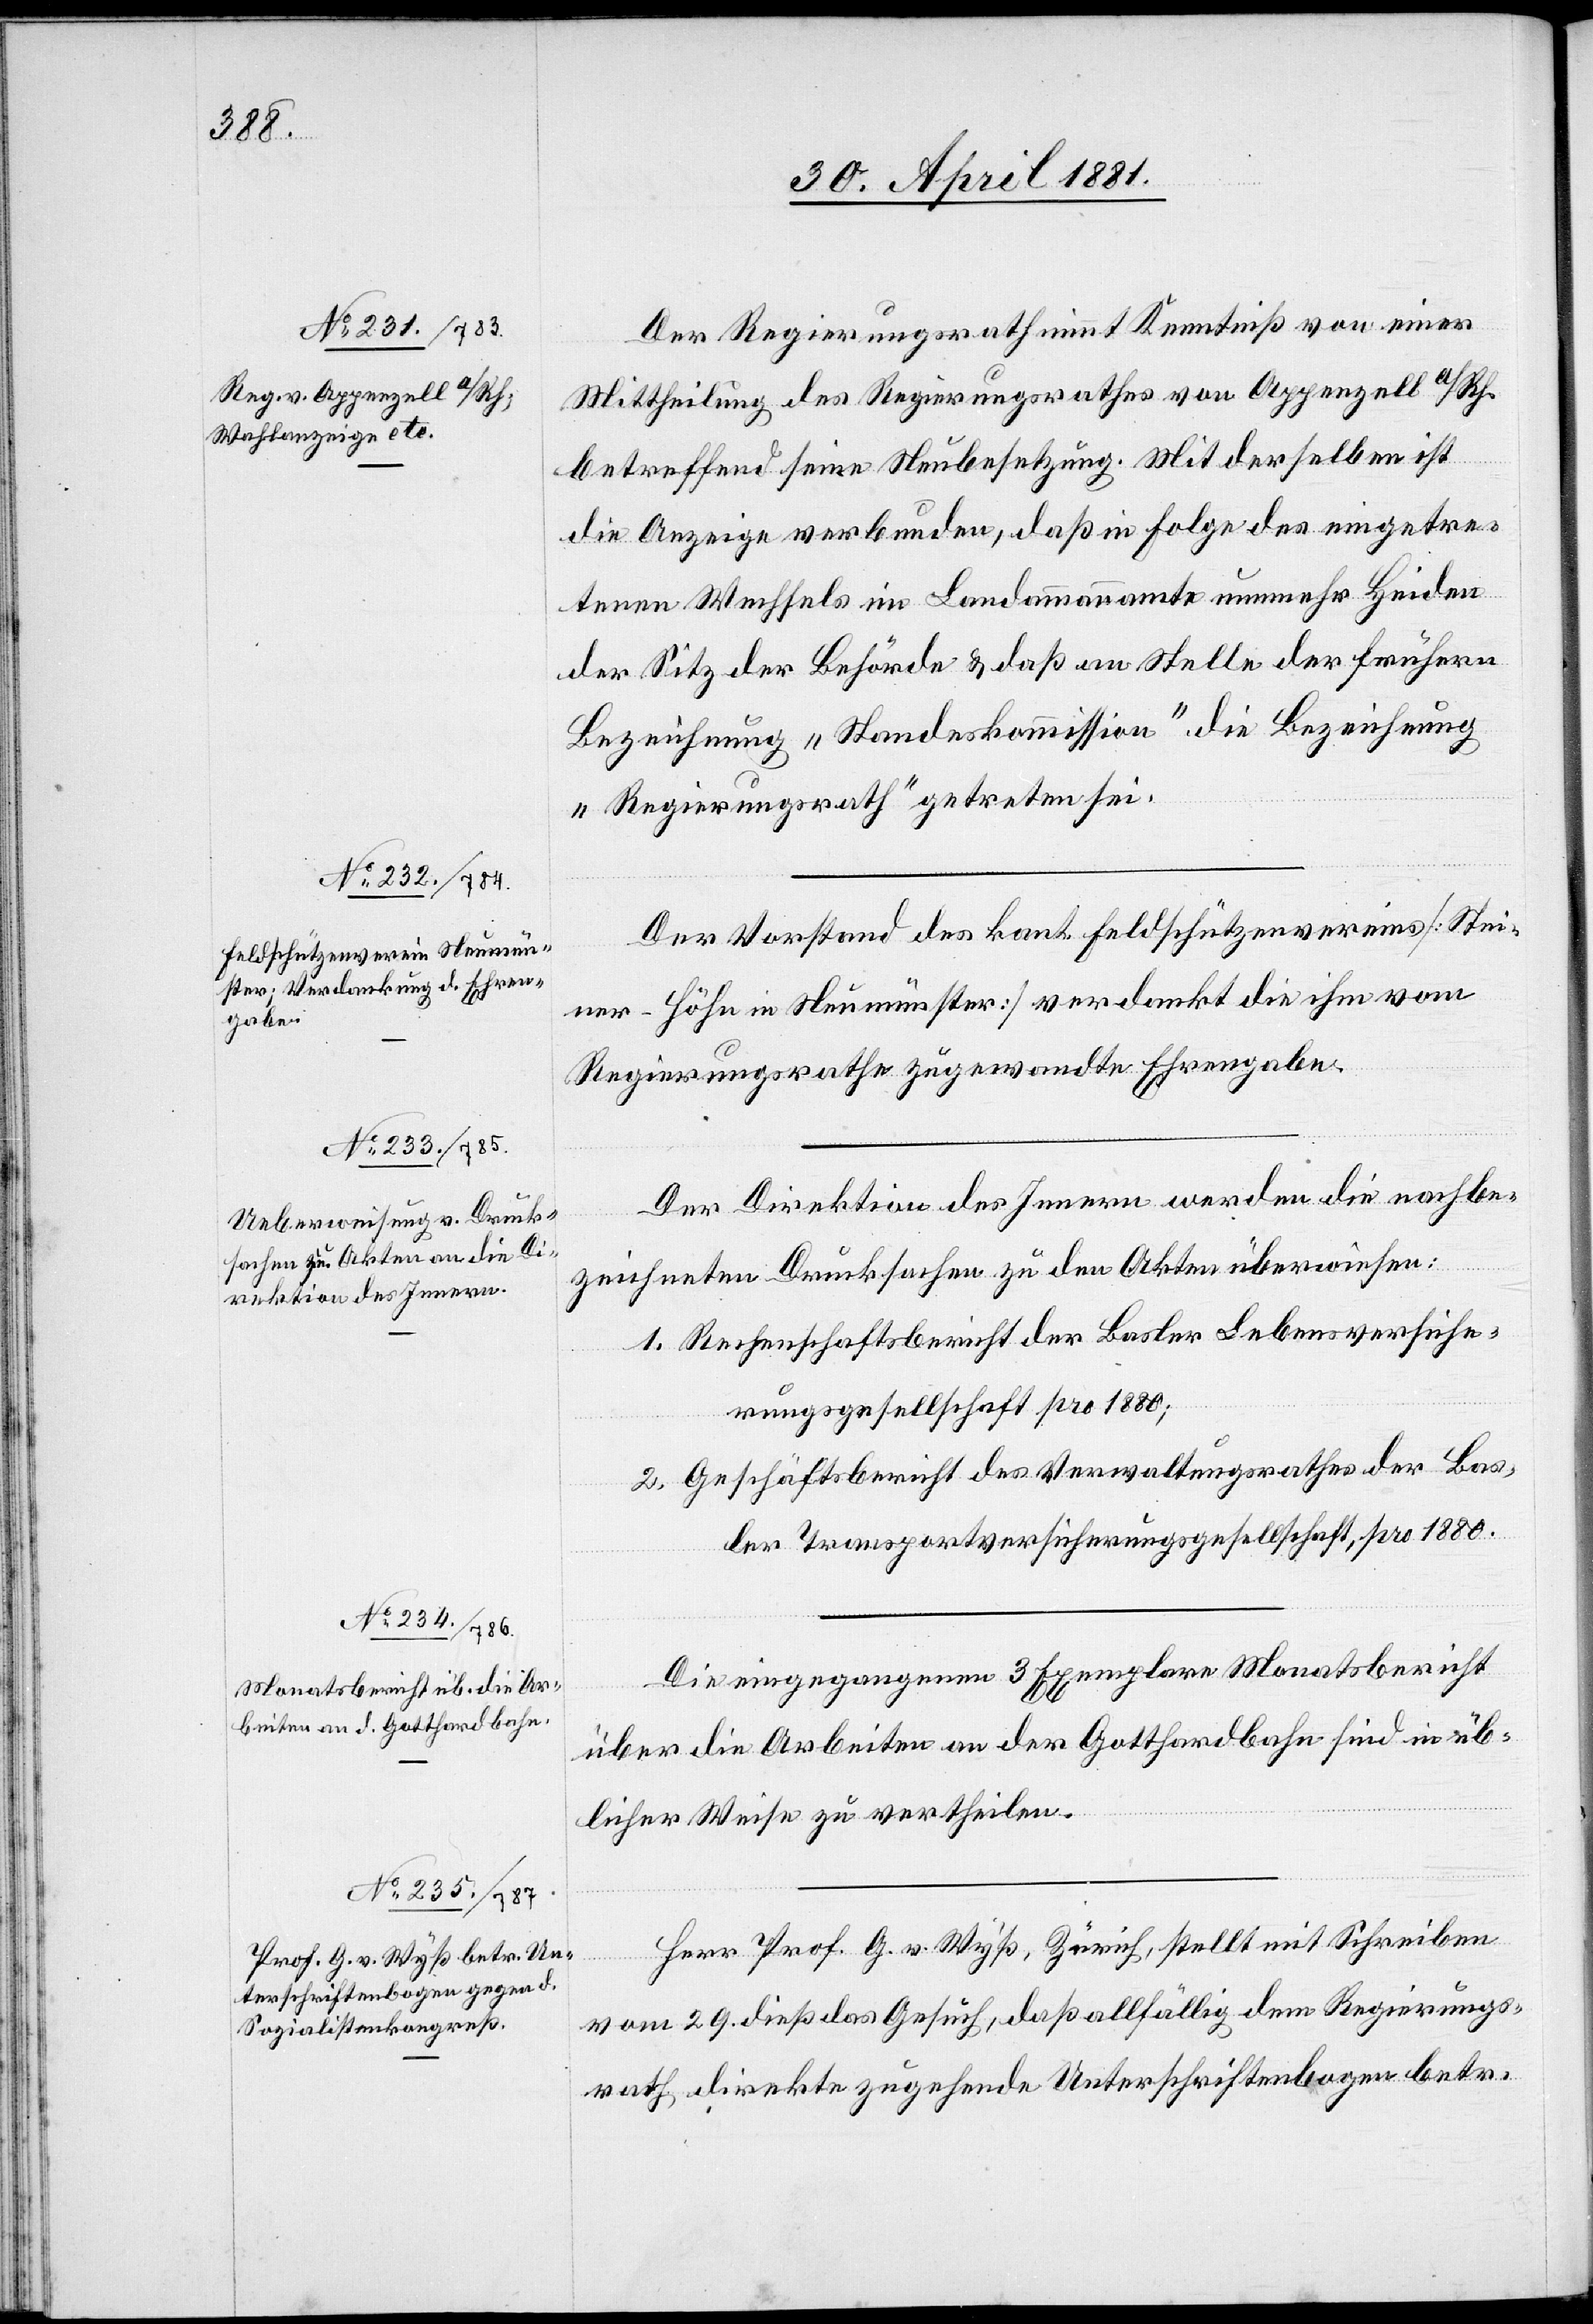
Der Regierungsrath, nimmt Kenntnis von einer
Mittheilung des Regierungsrathes von Appenzell a/Rh.
betreffend seine Neubesetzung. Mit derselben ist
die Anzeige verbunden, daß in Folge des eingetre¬
tenen Wechsels im Landammannamte nunmehr beiden
der Sitz der Behörde & daß an Stelle der frühern
Bezeichnung „Standeskommission“ die Bezeichnung
„Regierungsrath“ getreten sei.
Der Vorstand des kant. Feldschützenvereins [Stei¬
ner-Höhe in Neumünster] verdankt die ihm vom
Regierungsrathe zugewandte Ehrengabe.
Der Direktion des Innern werden die nachbe¬
zeichneten Drucksachen zu den Akten überwiesen:
1. Rechenschaftsbericht der Basler Lebensversiche¬
rungsgesellschaft pro 1880;
2. Geschäftsbericht des Verwaltungsrathes der Bas¬
ler Transportversicherungsgesellschaft, pro 1880.
Die eingegangenen 3 Exemplare Monatsbericht
über die Arbeiten an der Gotthardbahn sind in üb¬
licher Weise zu vertheilen.
Herr Prof. G. v. Wyß, Zürich, stellt mit Schreiben
vom 29. dieß das Gesuch, daß allfällig dem Regierungs¬
rath direkte zugehende Unterschriftenbogen betr.